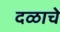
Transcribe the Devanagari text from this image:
दळाचे